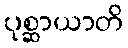
ပုစ္ဆာယာတိ